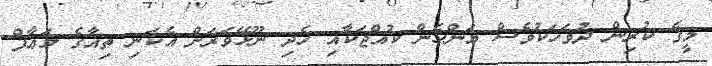
މީގެ ކުރިން ދުވަހަކުވެސް އަންހެން ކުއްޖަކާއި ހެދި ނޫޅޭވަރަށް އެކަނި ތިއާގެ މަޢާފް